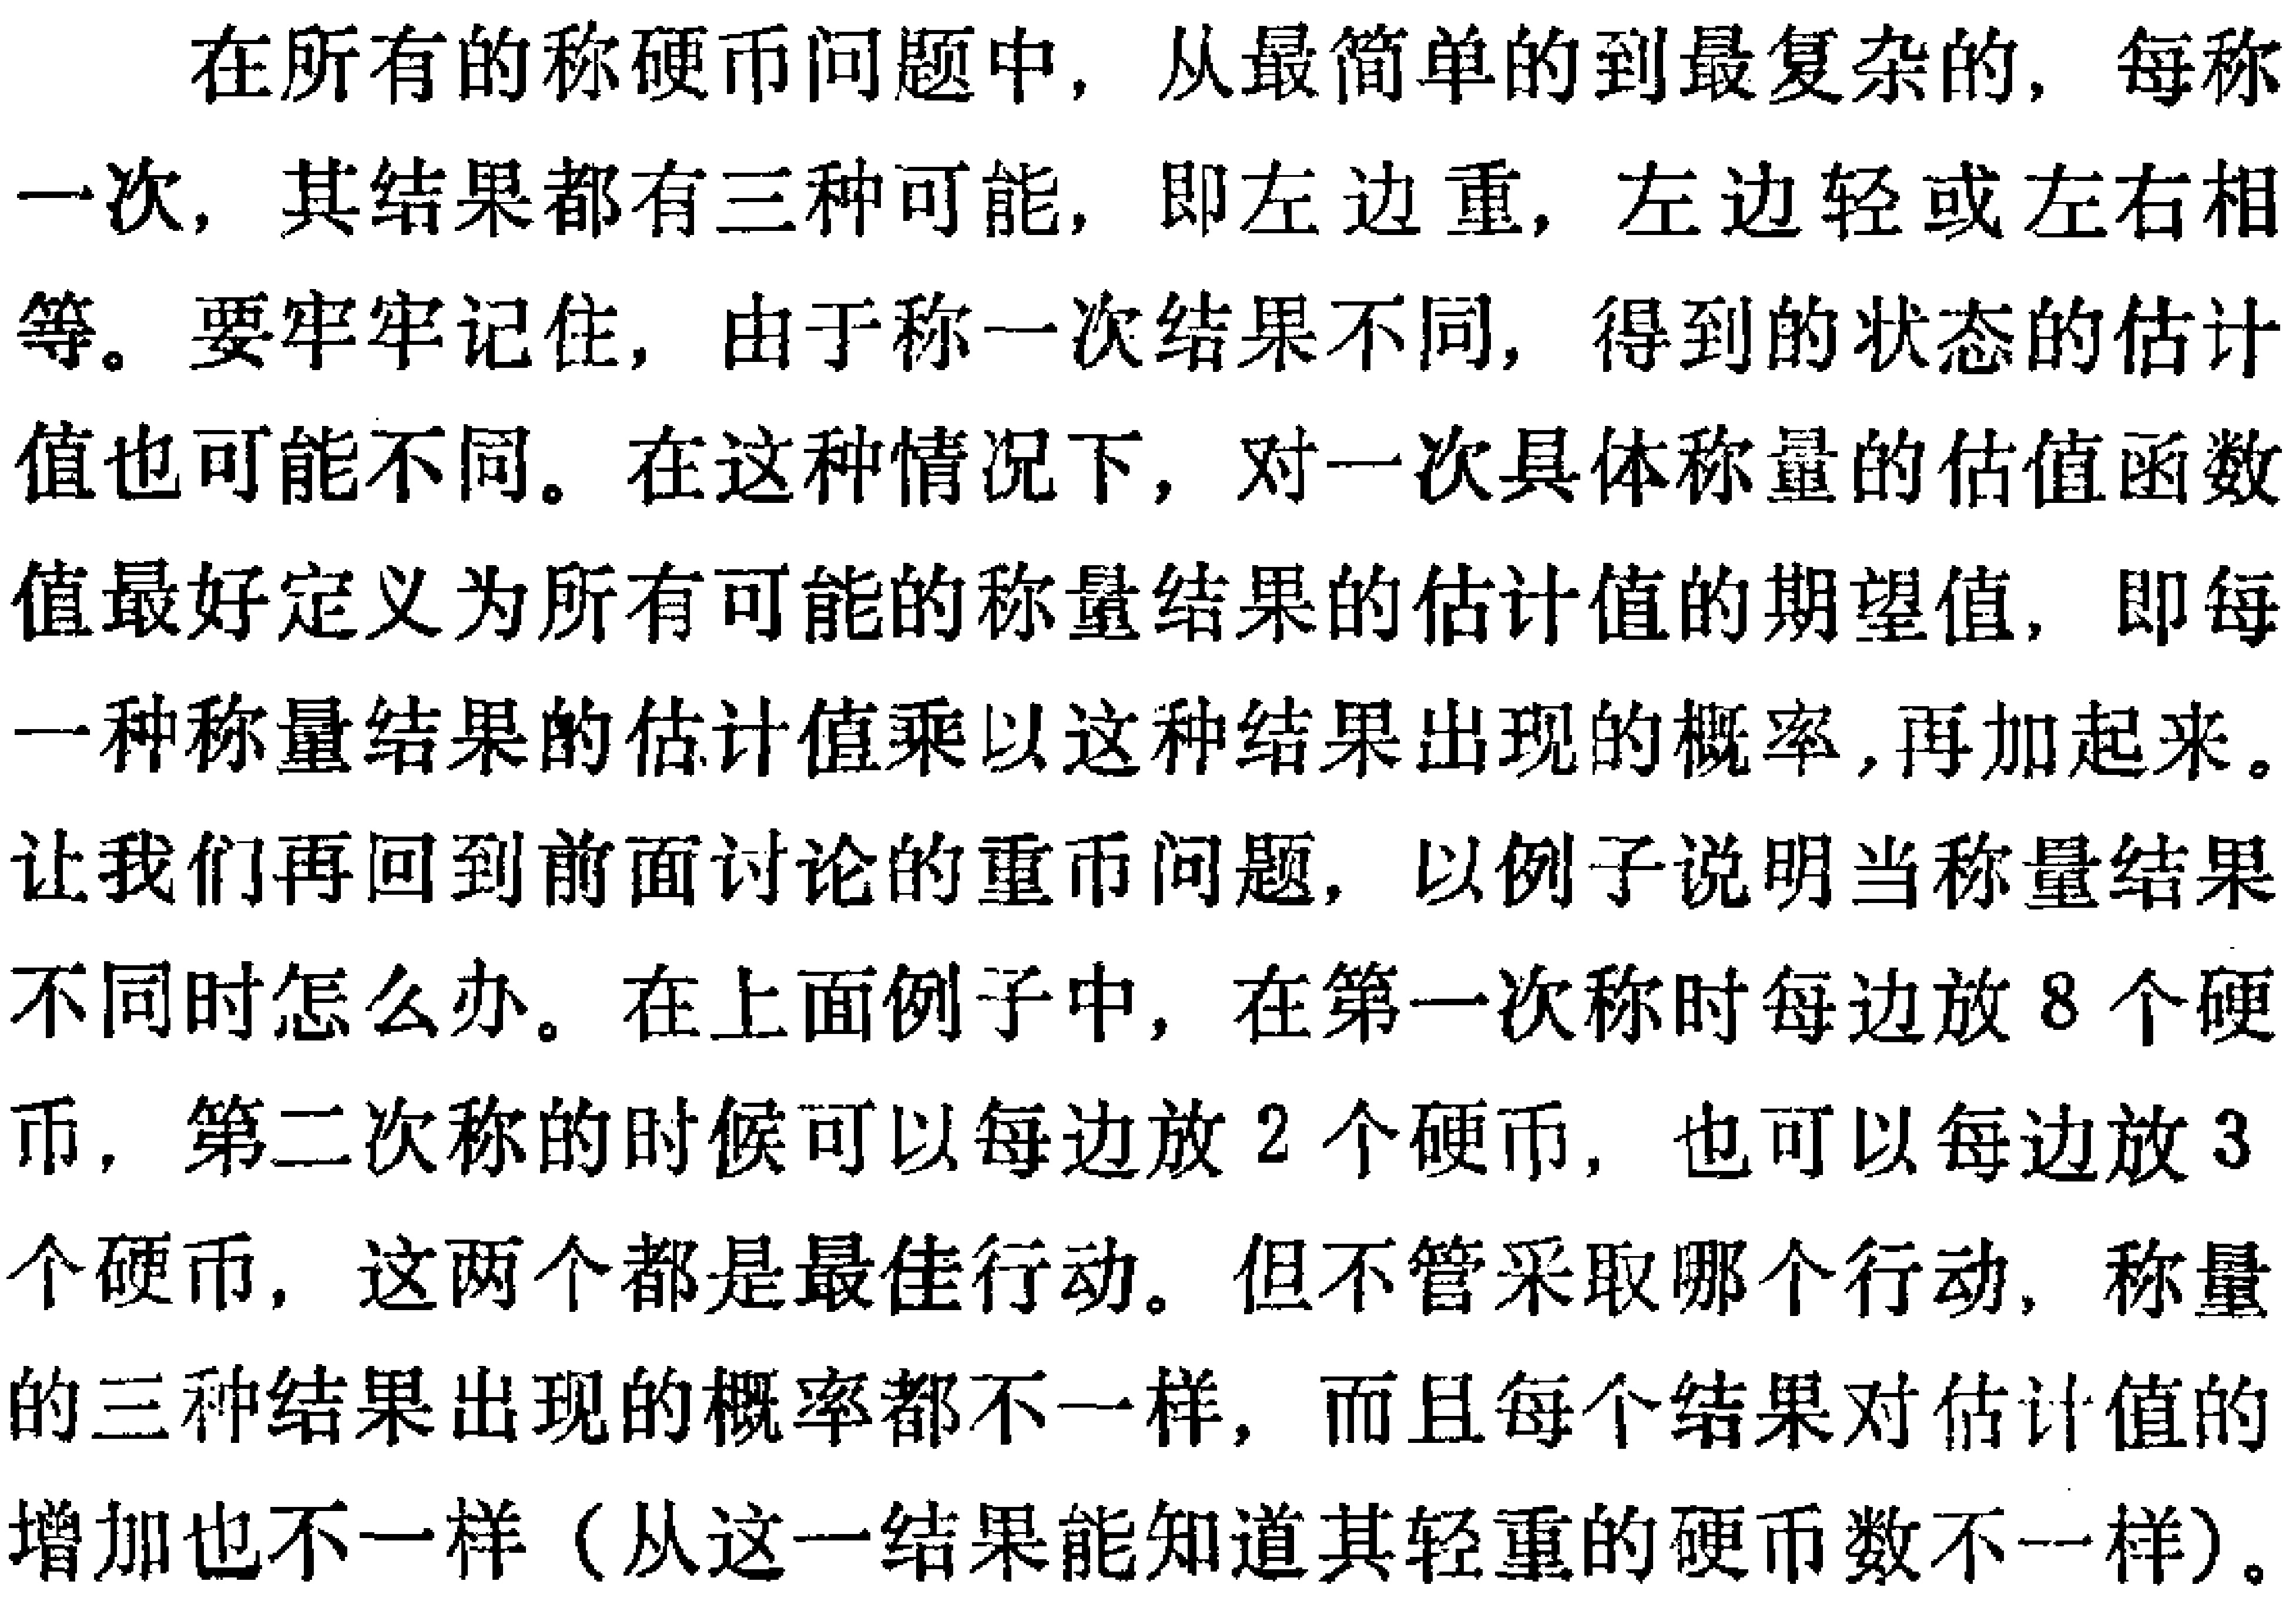
在所有的称硬币问题中，从最简单的到最复杂的，每称一次，其结果都有三种可能，即左边重，左边轻或左右相等。要牢牢记住，由于称一次结果不同，得到的状态的估计值也可能不同。在这种情况下，对一次具体称量的估值函数值最好定义为所有可能的称量结果的估计值的期望值，即每一种称量结果的估计值乘以这种结果出现的概率,再加起来。

让我们再回到前面讨论的重币问题，以例子说明当称量结果不同时怎么办。在上面例子中，在第一次称时每边放8个硬币，第二次称的时候可以每边放2个硬币，也可以每边放3个硬币，这两个都是最佳行动。但不管采取哪个行动，称量的三种结果出现的概率都不一样，而且每个结果对估计值的增加也不一样（从这一结果能知道其轻重的硬币数不一样）。